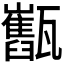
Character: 𤮯